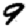
Digit: 9